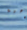
رهبة